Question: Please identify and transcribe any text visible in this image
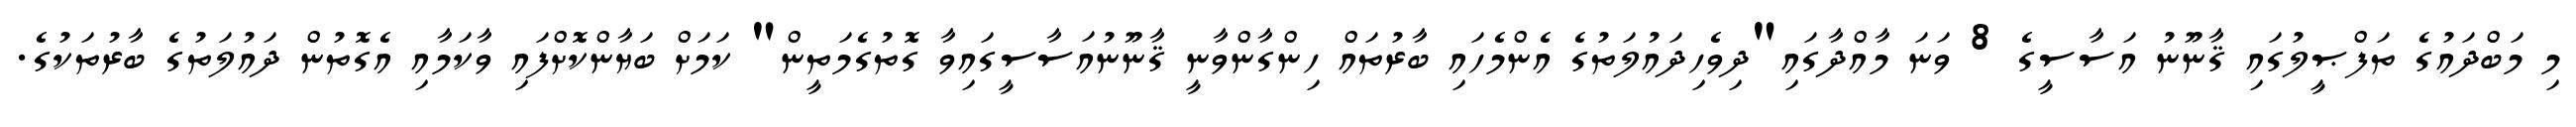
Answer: މި މަބްދައުގެ ތަފްޞީލުގައި ޤާނޫނު އަސާސީގެ 8 ވަނަ މާއްދާގައި"ދިވެހިދައުލަތުގެ އެންމެހައި ބާރުތައް ހިންގާންވާނީ ޤާނޫނުއަސާސީގައިވާ ގޮތުގެމަތީން" ކަމަށް ބަޔާންކޮށްފައި ވާކަމާއި އެގޮތުން ދައުލަތުގެ ބާރުތަކުގެ.